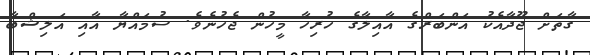
ގާތަށް ޖޫދާއެކު އަންބަރްގެ އާއިލާގެ ހުރިހާ މީހުން ޖެހުނެވެ. ސުމައްޔާ އާއި އަލިޝްބާ